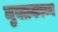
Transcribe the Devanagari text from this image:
मुक्तकाव्य